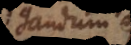
gandum